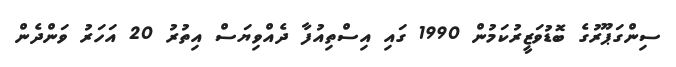
ސިންގަޕޫރުގެ ބޮޑުވަޒީރުކަމުން 1990 ގައި އިސްތިއުފާ ދެއްވިޔަސް އިތުރު 20 އަހަރު ވަންދެން